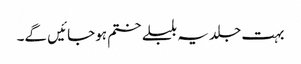
بہت جلد یہ بلبلے ختم ہوجائیں گے۔